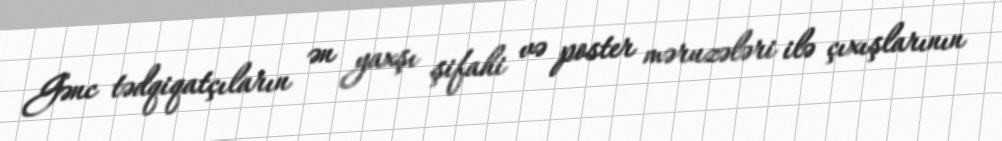
Gənc tədqiqatçıların ən yaxşı şifahi və poster məruzələri ilə çıxışlarının